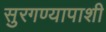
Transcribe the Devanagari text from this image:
सुरगण्यापाशी